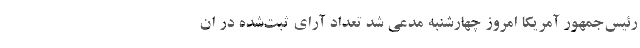
رئیس‌جمهور آمریکا امروز چهارشنبه مدعی شد تعداد آرای ثبت‌شده در ان